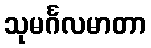
သုမင်္ဂလမာတာ